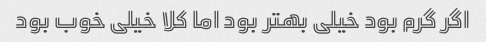
اگر گرم بود خیلی بهتر بود اما کلا خیلی خوب بود